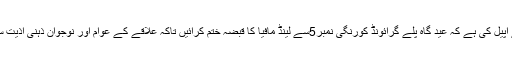
پلے کارڈ اور بینرز اُٹھائے ہوئے تھے مظاہرین نے وزیر اعلیٰ سندھ ،گورنر سندھ سے اپیل کی ہے کہ عید گاہ پلے گرائونڈ کورنگی نمبر5سے لینڈ مافیا کا قبضہ ختم کرائیں تاکہ علاقے کے عوام اور نوجوان ذہنی اذیت سے چھٹکارہ حاصل کرکے صحت مند سرگرمیوں کا حصول با آسانی جاری رکھ سکیں۔